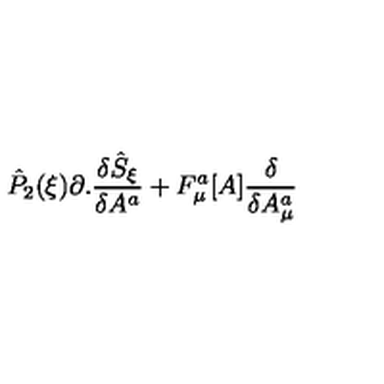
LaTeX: { \hat { P } } _ { 2 } ( \xi ) \partial . \frac { \delta { \hat { S } } _ { \xi } } { \delta A ^ { a } } + F _ { \mu } ^ { a } [ A ] \frac { \delta } { \delta A _ { \mu } ^ { a } }